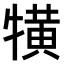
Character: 𤛥